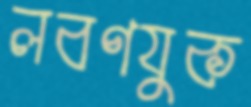
লবণযুক